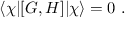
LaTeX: \langle \chi | [ G , H ] | \chi \rangle = 0 \ .